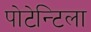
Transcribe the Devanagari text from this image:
पोटेन्टिला